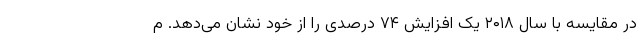
در مقایسه با سال ۲۰۱۸ یک افزایش ۷۴ درصدی را از خود نشان می‌دهد. م